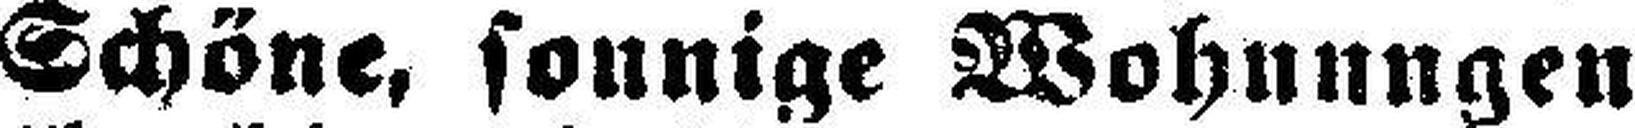
Schöne, sonnige Wohnungen